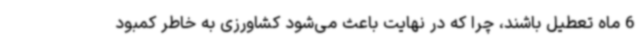
6 ماه تعطیل باشند، چرا که در نهایت باعث می‌شود کشاورزی به خاطر کمبود